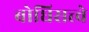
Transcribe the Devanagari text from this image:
बोधिसत्त्वे